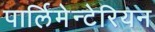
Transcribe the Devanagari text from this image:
पार्लिमेन्टेरियन